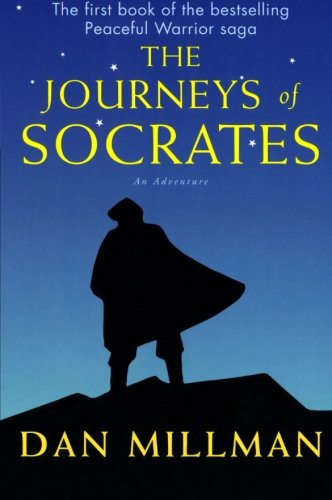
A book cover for The Journeys of Socrates: An Adventure; Dan Millman; Literature & Fiction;